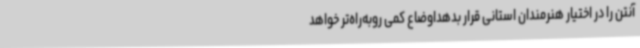
آنتن را در اختیار هنرمندان استانی قرار بدهداوضاع کمی روبه‌راه‌تر خواهد